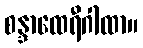
စန္ဒာထေရီဂါထာ။